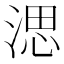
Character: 㴓